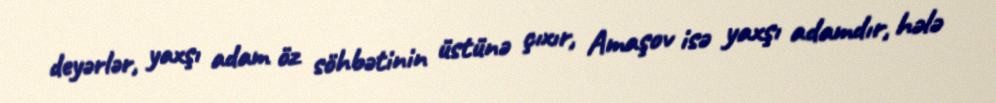
deyərlər, yaxşı adam öz söhbətinin üstünə çıxır, Amaşov isə yaxşı adamdır, hələ